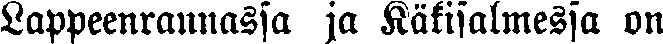
Lappeenrannassa ja Käkisalmessa on